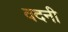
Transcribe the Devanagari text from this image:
वदनी